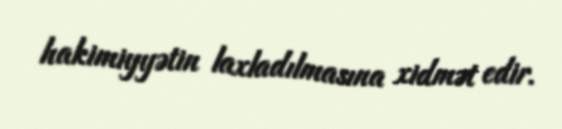
hakimiyyətin laxladılmasına xidmət edir.